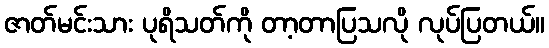
ဇာတ်မင်းသား ပုရိသတ်ကို တာ့တာပြသလို လုပ်ပြတယ်။